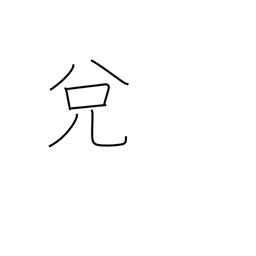
Meaning: exchange